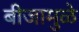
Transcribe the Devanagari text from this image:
बीजामुळे